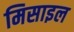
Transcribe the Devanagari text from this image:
मिसाइल